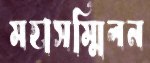
মহাসম্মিলন